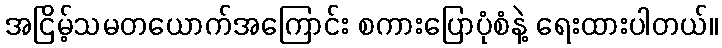
အငြိမ့်သမတယောက်အကြောင်း စကားပြောပုံစံနဲ့ ရေးထားပါတယ်။